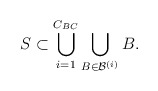
\begin{align*}S\subset \bigcup_{i=1}^{C_{BC}} \bigcup_{B\in\mathcal{B}^{(i)}} B.\end{align*}